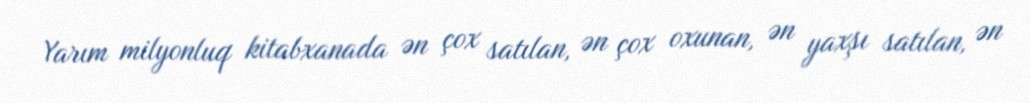
Yarım milyonluq kitabxanada ən çox satılan, ən çox oxunan, ən yaxşı satılan, ən